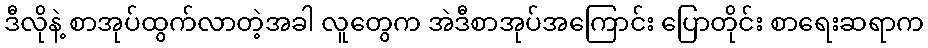
ဒီလိုနဲ့ စာအုပ်ထွက်လာတဲ့အခါ လူတွေက အဲဒီစာအုပ်အကြောင်း ပြောတိုင်း စာရေးဆရာက